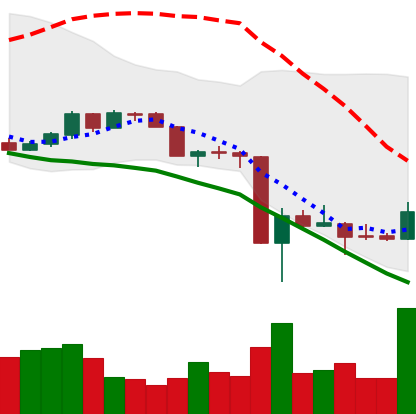
Ticker: DOGE-USD
Chart end date: 2020-03-19
Forward return: 4.399%
Label: up_3_5